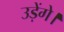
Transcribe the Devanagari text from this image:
उड़ेंगे।